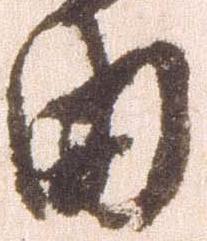
曲